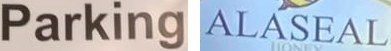
Parking ALASEAL